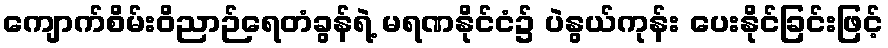
ကျောက်စိမ်းဝိညာဉ်ရေတံခွန်ရဲ့ မရဏနိုင်ငံ၌ ပဲနွယ်ကုန်း ပေးနိုင်ခြင်းဖြင့်